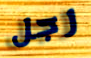
رجل